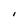
Character: I